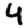
Digit: 4